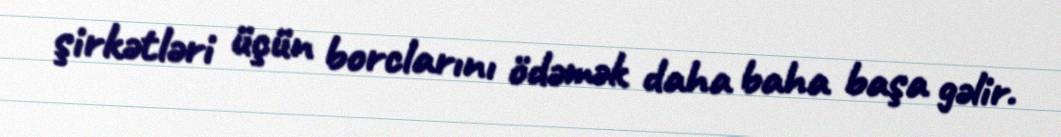
şirkətləri üçün borclarını ödəmək daha baha başa gəlir.